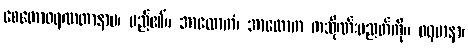
စေတောဖရဏတာနာမ၊ မည်၏။ အာလောကံ၊ အာလောက ကသိုဏ်းပညတ်ကို။ ဖရမာနာ၊